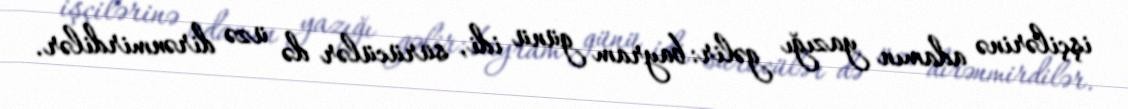
işçilərinə adamın yazığı gəlir: bayram günü idi, sürücülər də üzə dirənmirdilər.